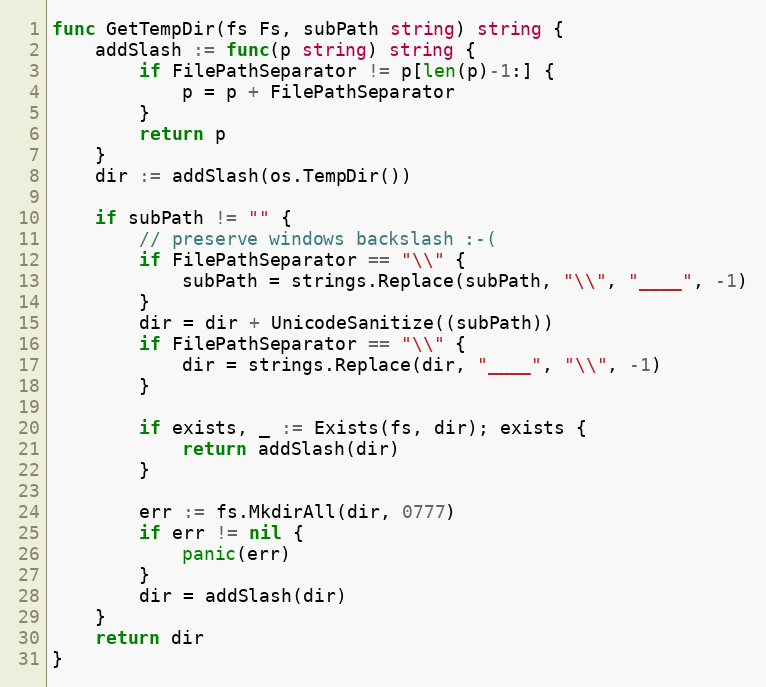
Language: Go
func GetTempDir(fs Fs, subPath string) string {
	addSlash := func(p string) string {
		if FilePathSeparator != p[len(p)-1:] {
			p = p + FilePathSeparator
		}
		return p
	}
	dir := addSlash(os.TempDir())

	if subPath != "" {
		// preserve windows backslash :-(
		if FilePathSeparator == "\\" {
			subPath = strings.Replace(subPath, "\\", "____", -1)
		}
		dir = dir + UnicodeSanitize((subPath))
		if FilePathSeparator == "\\" {
			dir = strings.Replace(dir, "____", "\\", -1)
		}

		if exists, _ := Exists(fs, dir); exists {
			return addSlash(dir)
		}

		err := fs.MkdirAll(dir, 0777)
		if err != nil {
			panic(err)
		}
		dir = addSlash(dir)
	}
	return dir
}